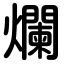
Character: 爛